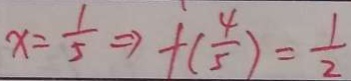
x = \frac { 1 } { 5 } \Rightarrow f ( \frac { 4 } { 5 } ) = \frac { 1 } { 2 }